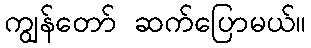
ကျွန်တော် ဆက်ပြောမယ်။